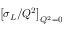
\left[ \sigma _ { L } / Q ^ { 2 } \right] _ { Q ^ { 2 } = 0 }